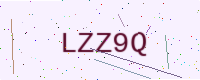
Text: LZZ9Q